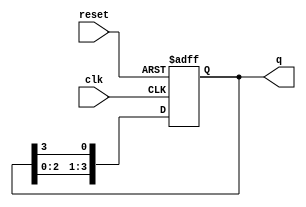
module binary_ring_counter #(
    parameter N = 4  // Number of flip-flops
)(
    input wire clk,      // Clock input
    input wire reset,    // Asynchronous reset
    output reg [N-1:0] q // Output state of the counter
);

// Always block triggered on the rising edge of the clock or reset
always @(posedge clk or posedge reset) begin
    if (reset) begin
        // Initialize the counter to the first state
        q <= 1'b1; // Set the first flip-flop to '1', others to '0'
    end else begin
        // Shift the '1' to the next flip-flop in the ring
        q <= {q[N-2:0], q[N-1]}; // Shift left and wrap around
    end
end

endmodule